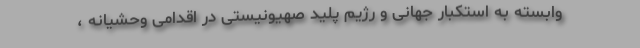
وابسته به استکبار جهانی و رژیم پلید صهیونیستی در اقدامی وحشیانه ،